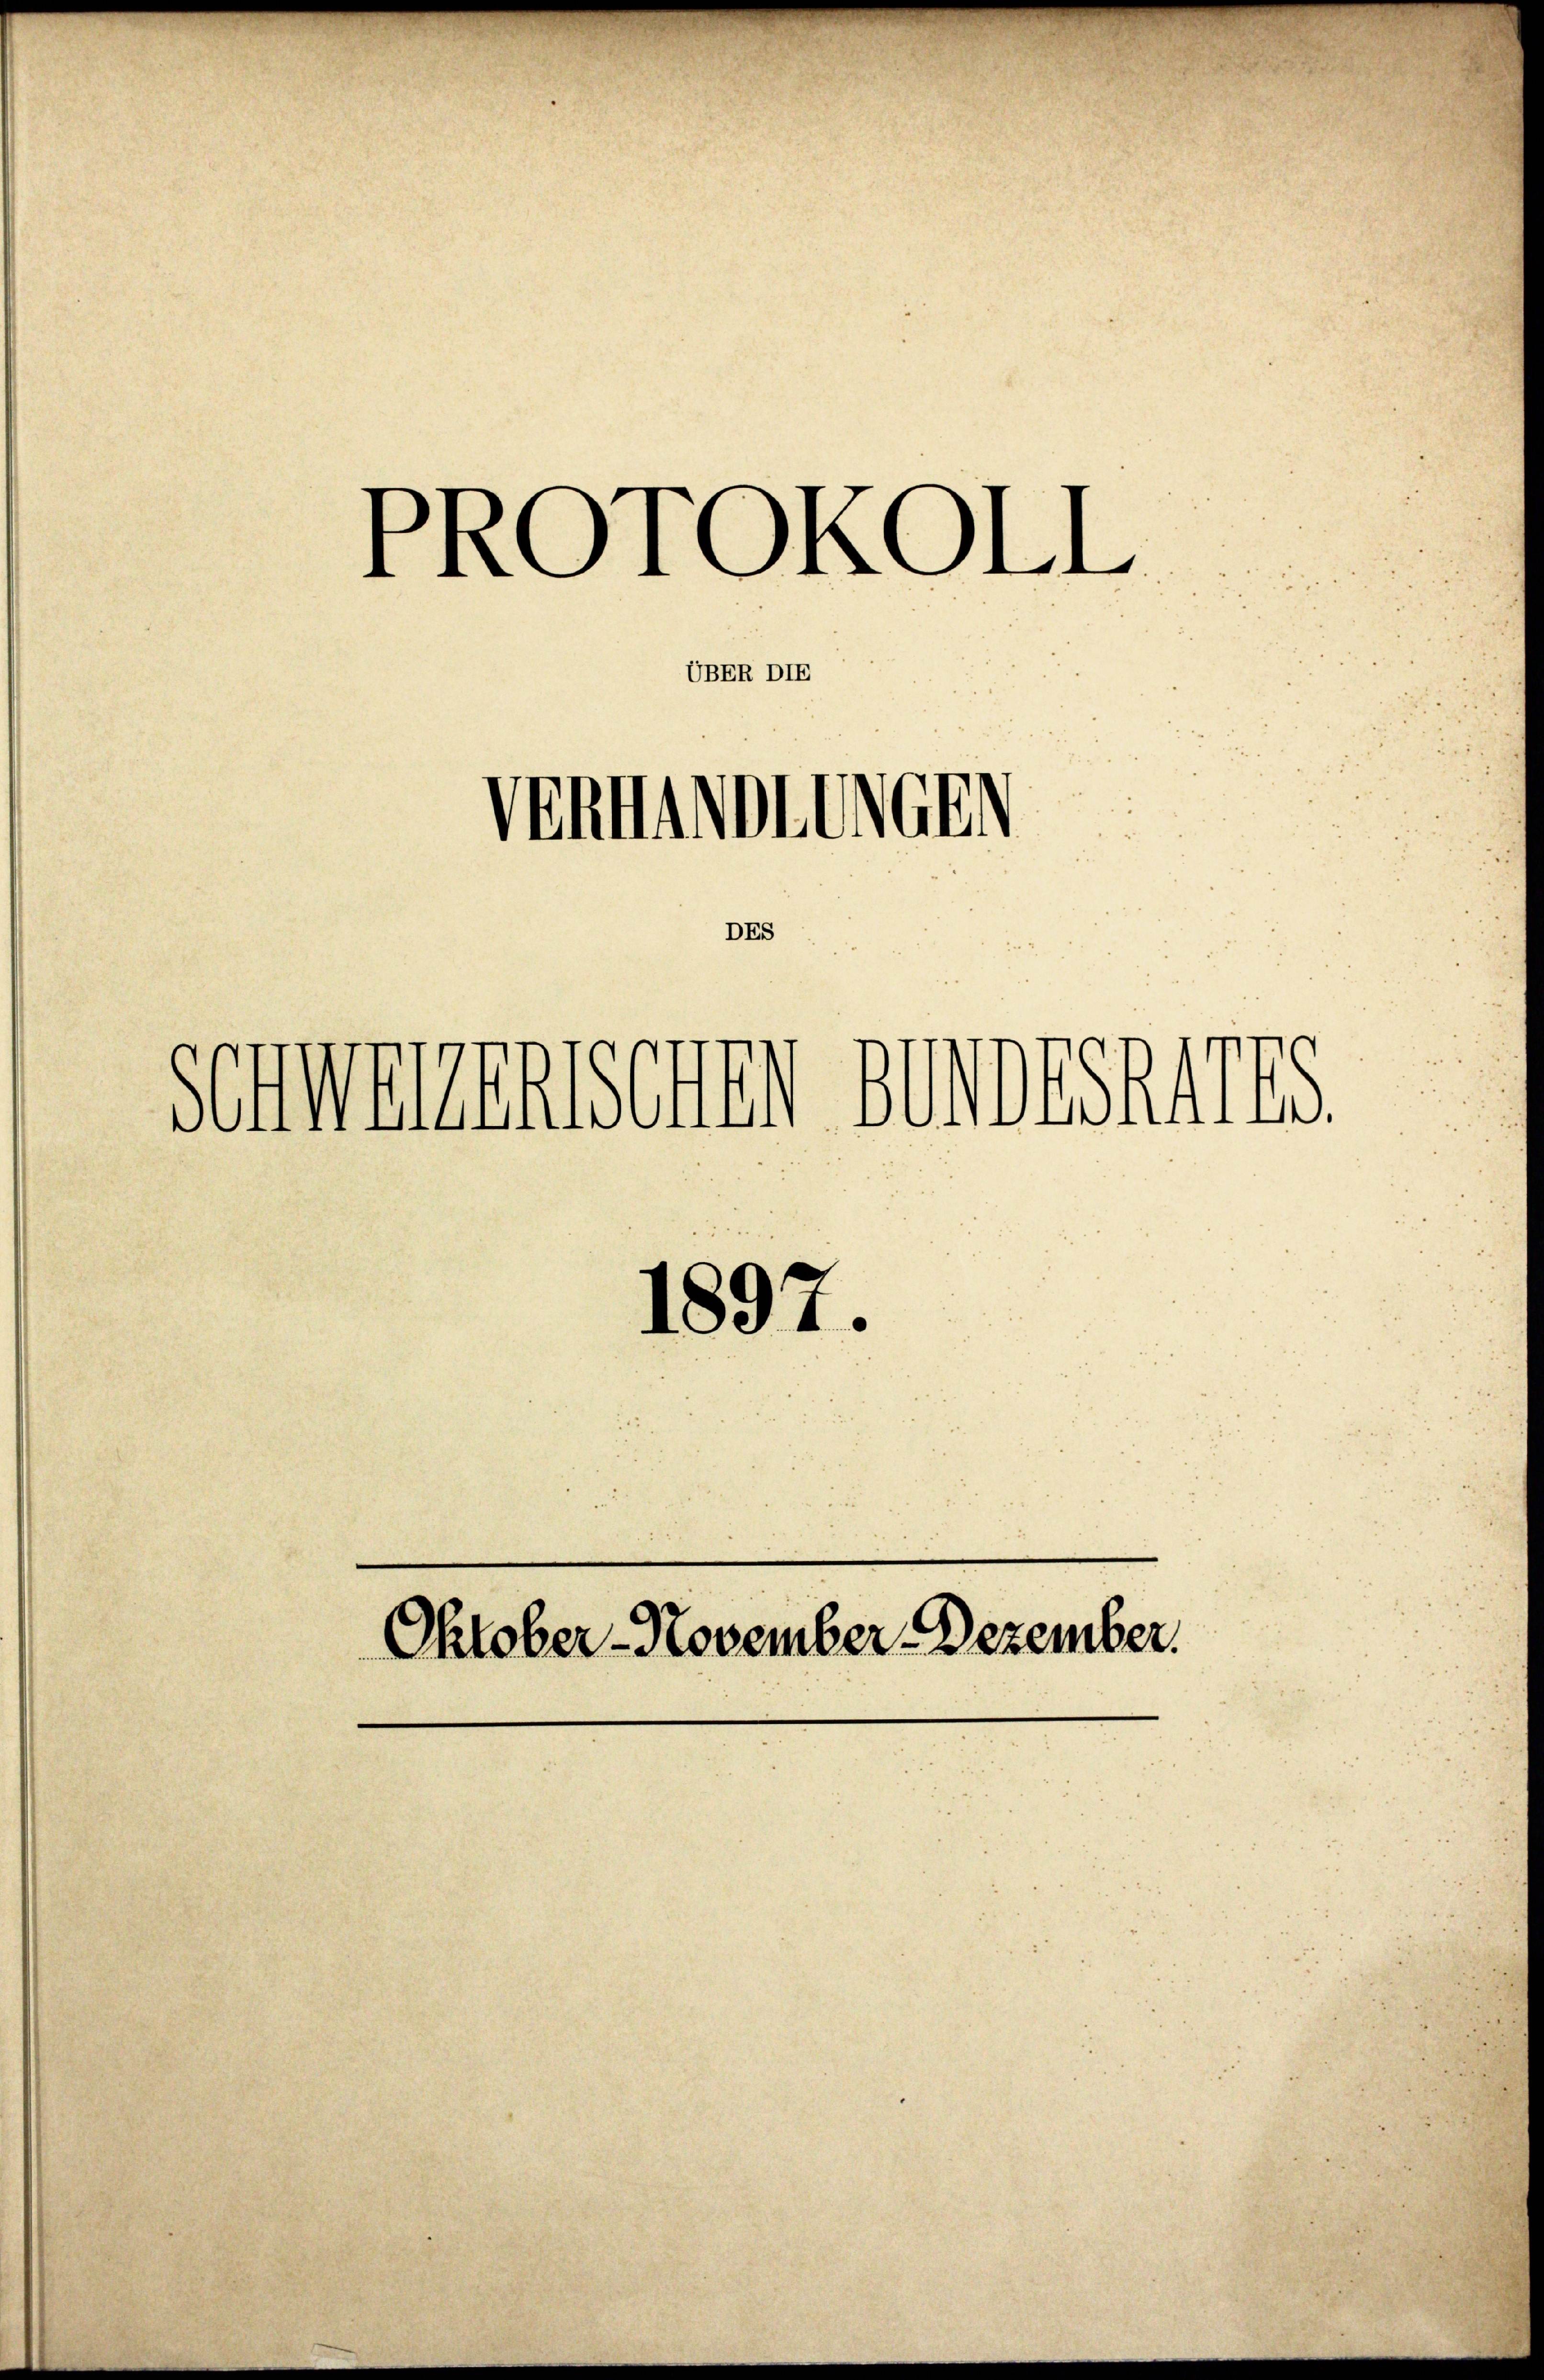
UBER DIE

PROTOKOLL

DE

sonnenenschen Kindesheris

1897.

Verhandlungen

Oktober-November Dezember.